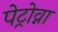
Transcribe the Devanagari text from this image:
पेट्रोव्ना